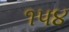
૧૫૪